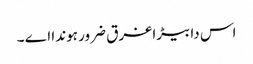
اس دا بیڑا غرق ضرور ہوندا اے ۔